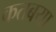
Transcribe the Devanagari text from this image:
कतबया